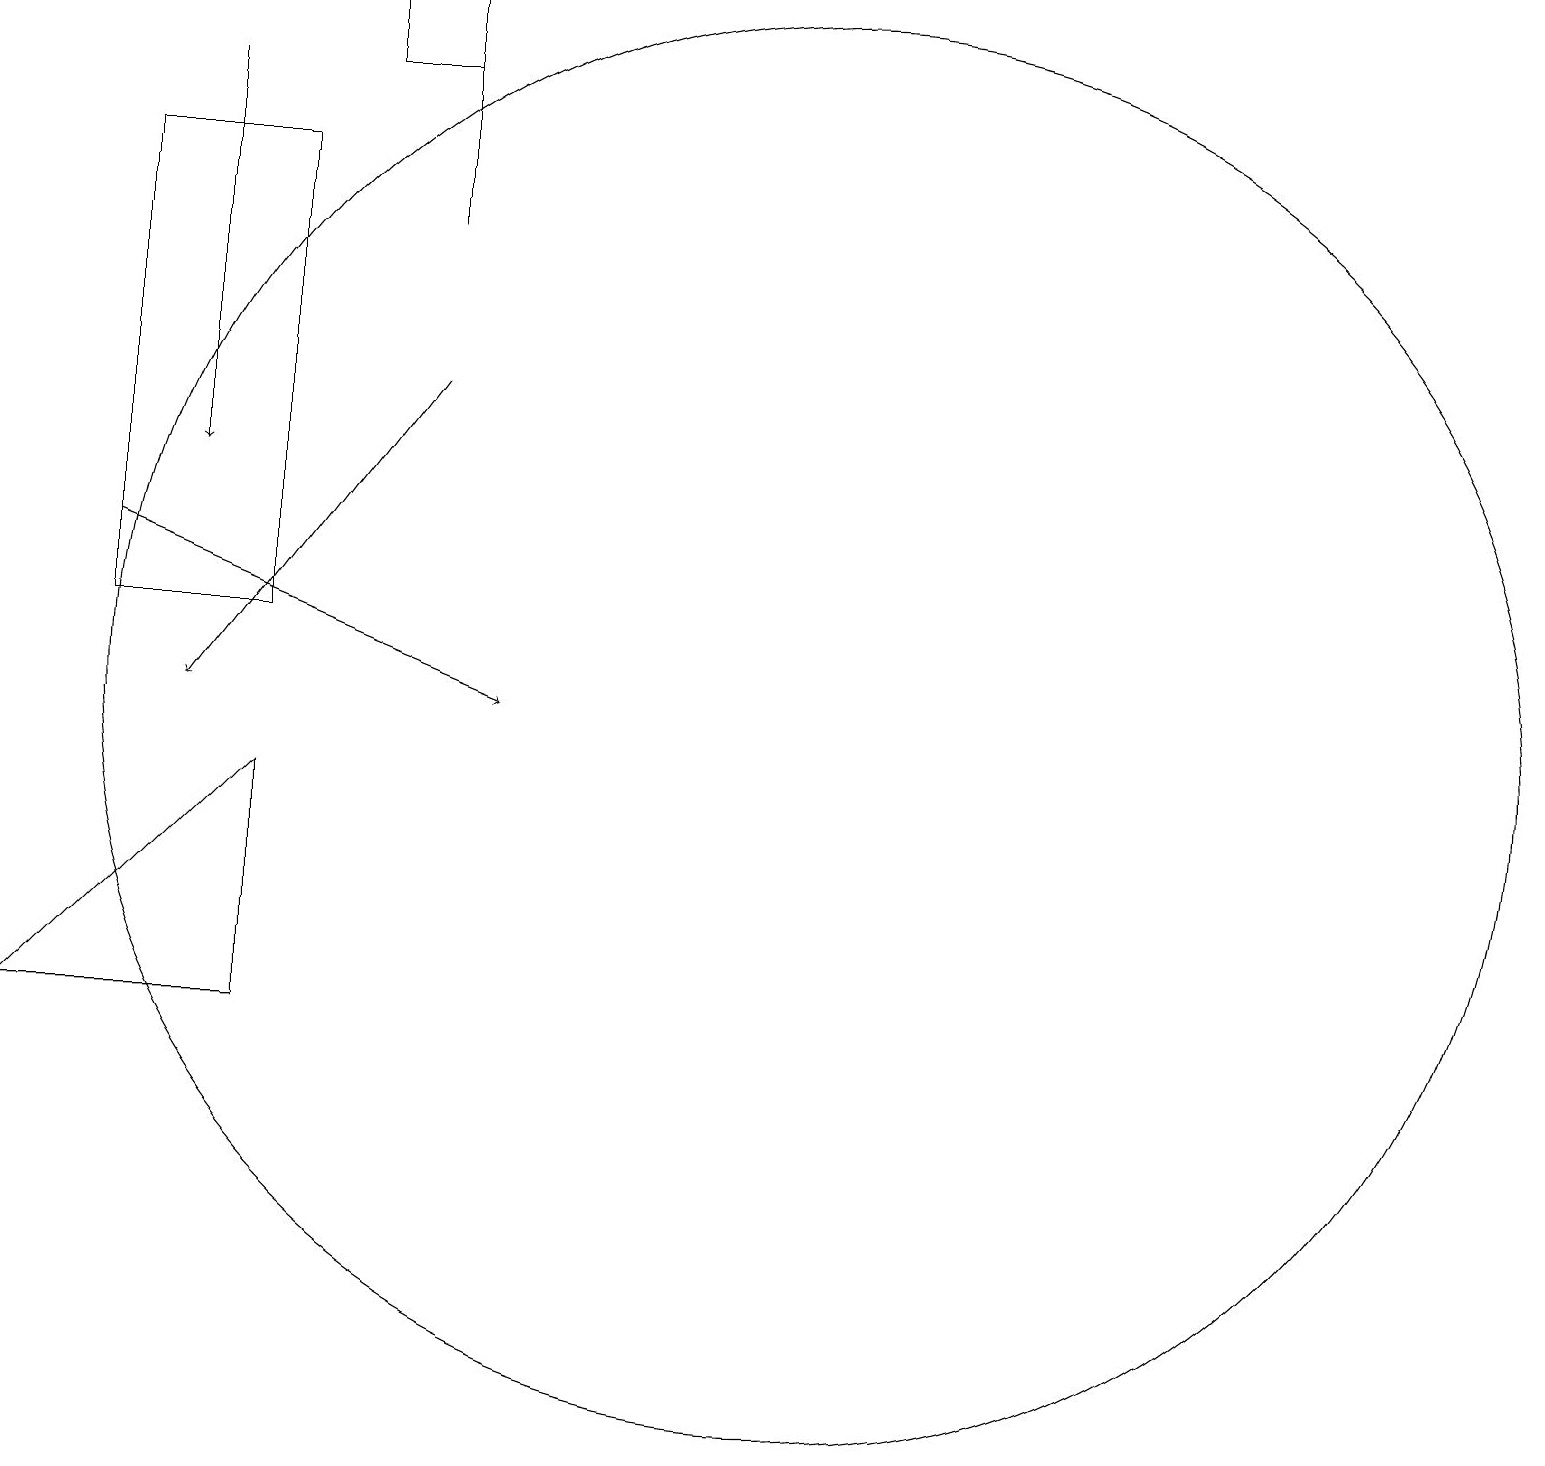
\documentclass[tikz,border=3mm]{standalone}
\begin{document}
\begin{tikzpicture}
\draw (6,19) rectangle (5,18);
\draw[->] (3,18) -- (3,13);
\draw[->] (2,12) -- (7,10);
\draw[->] (6,14) -- (3,10);
\draw (6,16) rectangle (6,18);
\draw (2,11) rectangle (4,17);
\draw (1,6) -- (4,6) -- (4,9) -- cycle;
\draw (11,10) circle (9);
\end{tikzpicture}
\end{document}